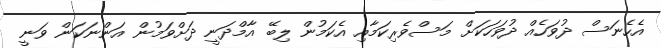
އެހެނަސް ދުވަހެއް ދުވަހަކަށް މަސްވެރިކަމާއި އެކަމުން ލިބޭ އާމްދަނީ ދަށްވަމުން އަންނަކަން ވަނީ